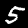
Digit: 5